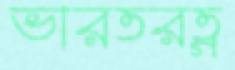
ভারতরত্ন